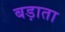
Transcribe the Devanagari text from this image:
बड़ाता